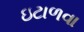
ઇટાળવા